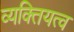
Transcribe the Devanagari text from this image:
व्यक्तियत्व